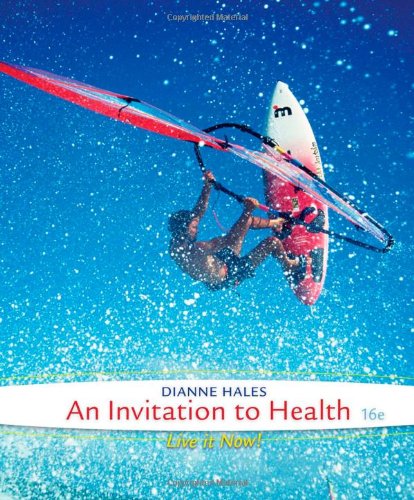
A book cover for An Invitation to Health; Dianne Hales; Medical Books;